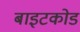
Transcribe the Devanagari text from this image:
बाइटकोड